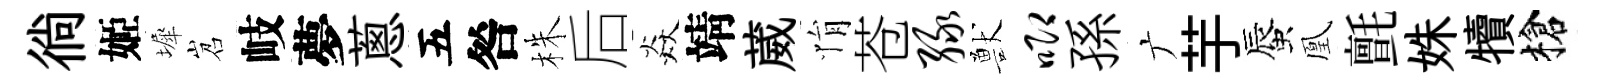
徜姬墀岧岐夢蔥五咎株后焱靖葳悁苍绿獸唧孫广芋蜃凰氈姝犢槍